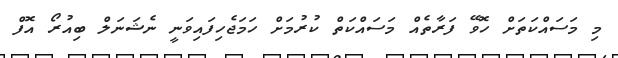
މި މަސައްކަތަށް ހޮވޭ ފަރާތެއް މަސައްކަތް ކުރުމަށް ހަމަޖެހިފައިވަނީ ނެޝަނަލް ބިއުރޯ އޮފް